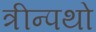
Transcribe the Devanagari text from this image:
त्रीन्पथो